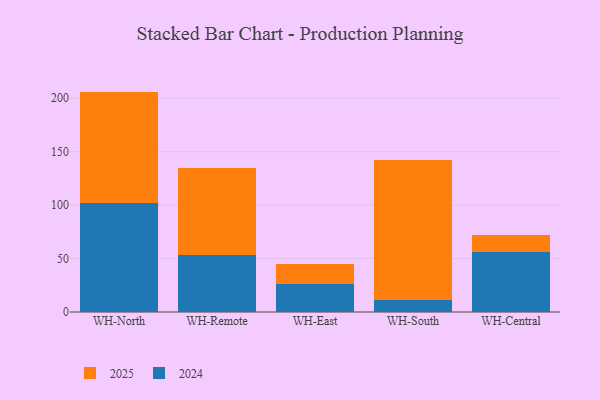
{"axis": {"x": "Warehouse", "y": "Shipments"}, "legend": ["2024", "2025"], "data": [{"x": "WH-North", "y": 102.0, "type": "2024"}, {"x": "WH-North", "y": 104.2, "type": "2025"}, {"x": "WH-Remote", "y": 53.4, "type": "2024"}, {"x": "WH-Remote", "y": 81.7, "type": "2025"}, {"x": "WH-East", "y": 26.3, "type": "2024"}, {"x": "WH-East", "y": 18.6, "type": "2025"}, {"x": "WH-South", "y": 11.4, "type": "2024"}, {"x": "WH-South", "y": 131.2, "type": "2025"}, {"x": "WH-Central", "y": 56.6, "type": "2024"}, {"x": "WH-Central", "y": 15.1, "type": "2025"}]}